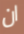
ان